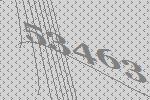
53463